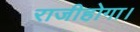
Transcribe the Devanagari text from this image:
राजीहोगा।